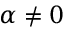
\alpha \neq 0